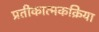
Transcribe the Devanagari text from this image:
प्रतीकात्मकक्रिया